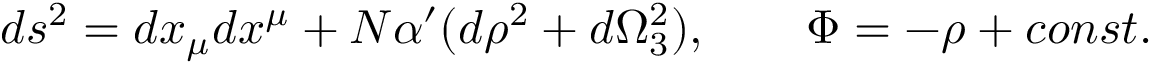
d s ^ { 2 } = d x _ { \mu } d x ^ { \mu } + N \alpha ^ { \prime } ( d \rho ^ { 2 } + d \Omega _ { 3 } ^ { 2 } ) , \qquad \Phi = - \rho + c o n s t .